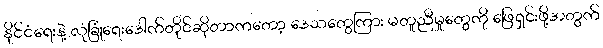
နိုင်ငံရေးနဲ့ လုံခြုံရေးဒေါက်တိုင်ဆိုတာကတော့ ဒေသတွေကြား မတူညီမှုတွေကို ဖြေရှင်းဖို့အတွက်